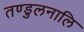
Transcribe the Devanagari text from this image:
तण्डुलनालि